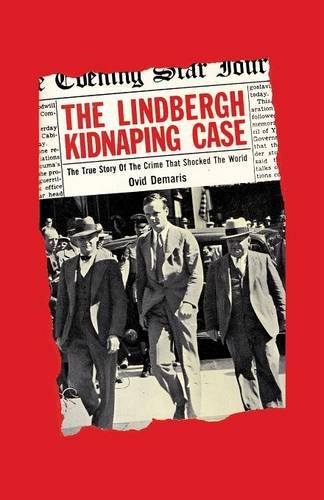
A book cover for The Lindbergh Kidnapping Case: The True Story of the Crime that Shocked the World; Ovid Demaris; Biographies & Memoirs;